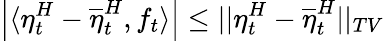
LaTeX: \left|\langle\eta_{t}^{H}-\overline{{\eta}}_{t}^{H},f_{t}\rangle\right|\leq||\eta_{t}^{H}-\overline{{\eta}}_{t}^{H}||_{TV}